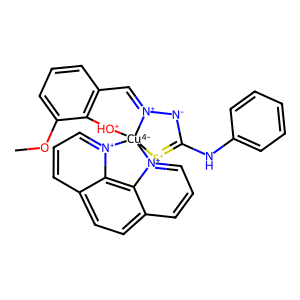
SMILES: COc1cccc2c1[OH+][Cu-4]13([S+]=C(Nc4ccccc4)[N-][N+]1=C2)[n+]1cccc2ccc4ccc[n+]3c4c21
Inhibits HIV replication: Yes